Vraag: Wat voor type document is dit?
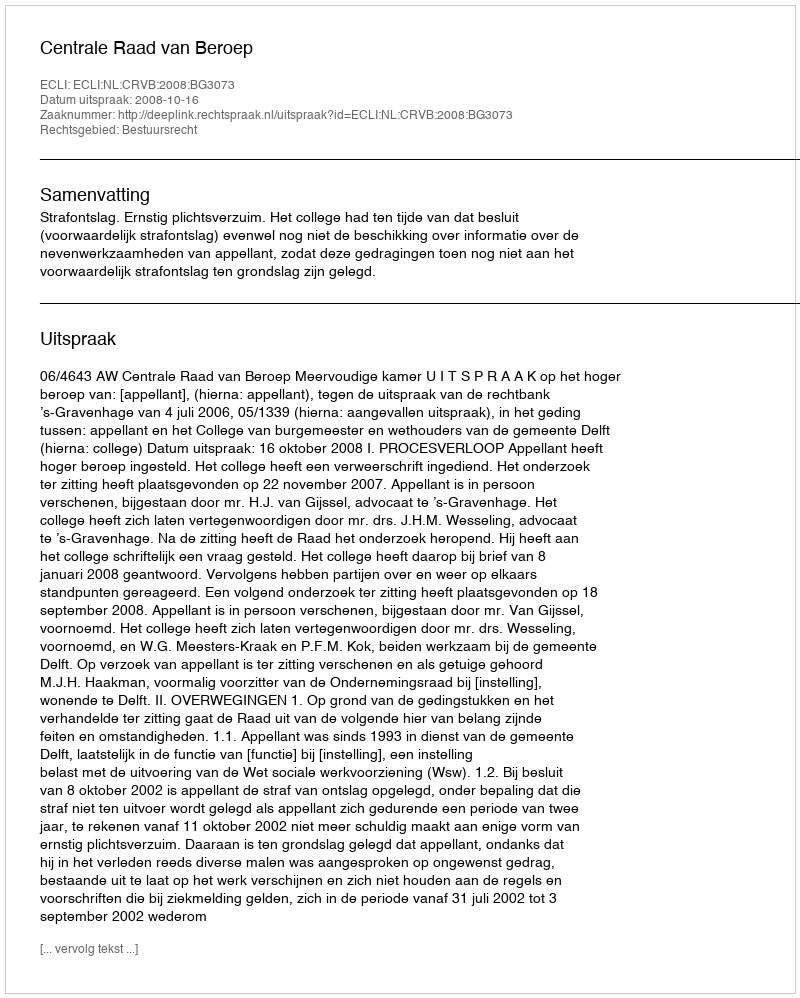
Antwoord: Uitspraak